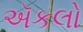
ઍકલો